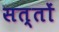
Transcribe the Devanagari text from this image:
सत्तों